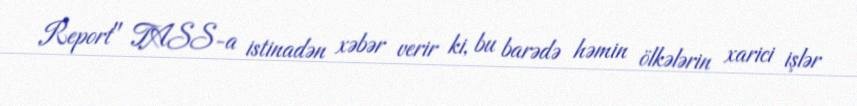
Report" TASS-a istinadən xəbər verir ki, bu barədə həmin ölkələrin xarici işlər